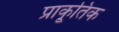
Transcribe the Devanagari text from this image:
प्राकृ्तिक